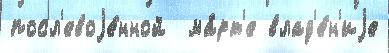
посл'евоjе́нной  ма́рт'е влад'е́н'иjе